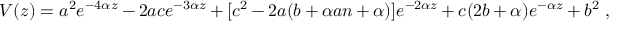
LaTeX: V ( z ) = a ^ { 2 } e ^ { - 4 \alpha z } - 2 a c e ^ { - 3 \alpha z } + [ c ^ { 2 } - 2 a ( b + \alpha a n + \alpha ) ] e ^ { - 2 \alpha z } + c ( 2 b + \alpha ) e ^ { - \alpha z } + b ^ { 2 } \ ,